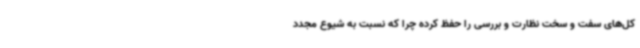
کل‌های سفت و سخت نظارت و بررسی را حفظ کرده چرا که نسبت به شیوع مجدد